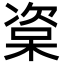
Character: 楶